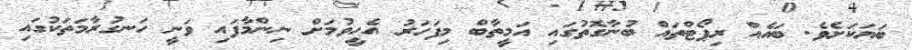
ބަޔަކަށެވެ. ބައެއް ރިޕޯޓްތައް ބުނާގޮތުގައި އަމީތާބް މިފަހަރު އެހީވުމަށް ނިންމާފައި ވަނީ ހަނގުރާމަތަކުގައި